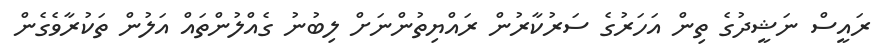
ރައީސް ނަޝީދުގެ ތިން އަހަރުގެ ސަރުކާރުން ރައްޔިތުންނަށް ލިބުނު ގެއްލުންތައް އަލުން ތަކުރާވެގެން